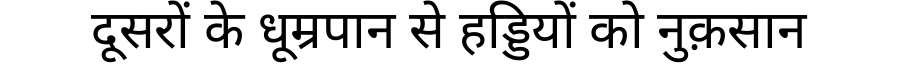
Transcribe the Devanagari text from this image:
दूसरों के धूम्रपान से हड्डियों को नुक़सान